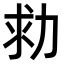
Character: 𠡟